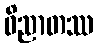
ဝိညာတဿ